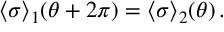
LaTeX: \langle \sigma \rangle _ { 1 } ( \theta + 2 \pi ) = \langle \sigma \rangle _ { 2 } ( \theta ) \, .